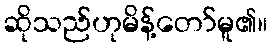
ဆိုသည်ဟုမိန့်တော်မူ၏။